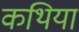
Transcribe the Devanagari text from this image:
कथिया